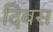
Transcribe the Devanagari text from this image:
दिबस